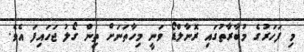
މި ފަހަރުގެ މުބާރާތުގައި ރޮނާލްޑޯ ވަނީ މިހާތަނަށް ތިން ގޯލު ޖަހައިފަ އެވެ.